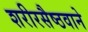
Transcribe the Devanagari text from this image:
शरीरसैष्ठवाने